Indian journal of veterinary science and animal husbandry - Volume 2,
Year: 1932
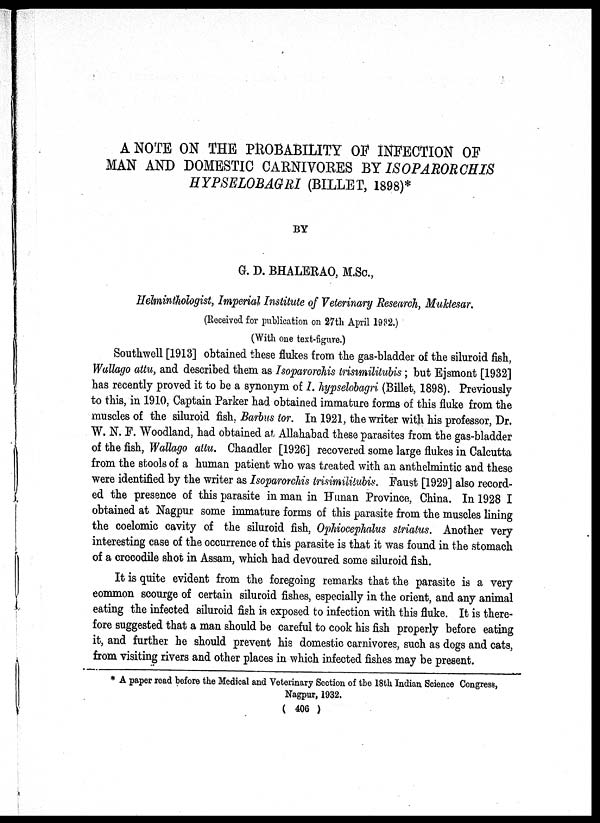
A NOTE ON THE PROBABILITY OF INFECTION OF
MAN AND DOMESTIC CARNIVORES BY ISOPARORCHIS
HYPSELOBAGRI (BILLET, 1898)*
BY
G. D. BHALERAO, M.Sc.,
Helminthologist, Imperial Institute of Veterinary Research, Muktesar.
(Received for publication on 27th April 1932.)
(With one text-figure.)
Southwell [1913] obtained these flukes from the gas-bladder of the siluroid fish,
Wallago attu, and described them as Isoparorchis trisimilitubis; but Ejsmont [1932]
has recently proved it to be a synonym of I. hypselobagri (Billet, 1898). Previously
to this, in 1910, Captain Parker had obtained immature forms of this fluke from the
muscles of the siluroid fish, Barbus tor. In 1921, the writer with his professor, Dr.
W. N. F. Woodland, had obtained at Allahabad these parasites from the gas-bladder
of the fish, Wallago attu. Chandler [1926] recovered some large flukes in Calcutta
from the stools of a human patient who was treated with an anthelmintic and these
were identified by the writer as Isoparorchis trisimilitubis. Faust [1929] also record-
ed the presence of this parasite in man in Hunan Province, China. In 1928 I
obtained at Nagpur some immature forms of this parasite from the muscles lining
the coelomic cavity of the siluroid fish, Ophiocephalus striatus. Another very
interesting case of the occurrence of this parasite is that it was found in the stomach
of a crocodile shot in Assam, which had devoured some siluroid fish.
It is quite evident from the foregoing remarks that the parasite is a very
common scourge of certain siluroid fishes, especially in the orient, and any animal
eating the infected siluroid fish is exposed to infection with this fluke. It is there-
fore suggested that a man should be careful to cook his fish properly before eating
it, and further he should prevent his domestic carnivores, such as dogs and cats,
from visiting rivers and other places in which infected fishes may be present.
* A paper read before the Medical and Veterinary Section of the 18th Indian Science Congress,
Nagpur, 1932.
( 406 )